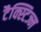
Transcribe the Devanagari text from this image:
टैक्स्टिज्म